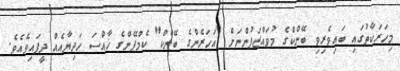
މިހަރަކާތުގައި ބައިވެރިވި ބޭންކްގެ މުވައްޒަފުންނަށް "އަހަރެންގެ ބޭންކް" ކެމްޕޭންގެ ޚާއްސަ ހަދިޔާއެއް ދީފައިވެއެވެ.